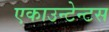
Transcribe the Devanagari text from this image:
एकाउन्टेन्टस